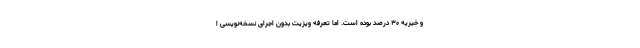
و خیریه ۳۰ درصد بوده است. اما تعرفه ویزیت بدون اجرای نسخه‌نویسی ا